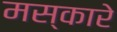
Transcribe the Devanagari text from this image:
मस्कारे